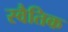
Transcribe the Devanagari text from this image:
स्वैतिक